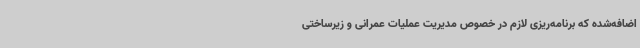
اضافه‌شده که برنامه‌ریزی لازم در خصوص مدیریت عملیات عمرانی و زیرساختی